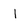
Character: l